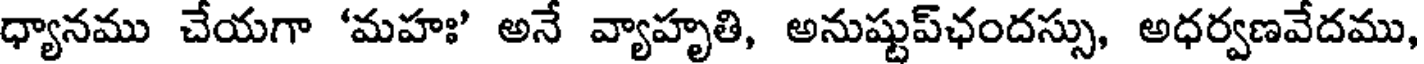
ధ్యానము చేయగా 'మహః' అనే వ్యాహృతి, అనుష్టుప్ఛందస్సు, అధర్వణవేదము,